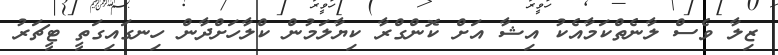
ޒިލާ ވެސް ލާނެތްކަމާއެކު އިޝާ އަށް ކޮންގްރާ ކިޔާލަމުން ކްލާހަށްދާން ހިނގައިގަތީ ޓީޗަރު